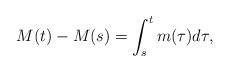
LaTeX: \begin{align*}M(t) - M(s) = \int_s^t m(\tau) d\tau,\end{align*}